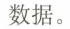
数据。